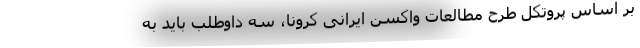
بر اساس پروتکل‌ طرح مطالعات واکسن ایرانی کرونا، سه داوطلب باید به